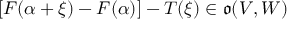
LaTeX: [ F ( \alpha + \xi ) - F ( \alpha ) ] - T ( \xi ) \in { \mathfrak { o } } ( V , W )